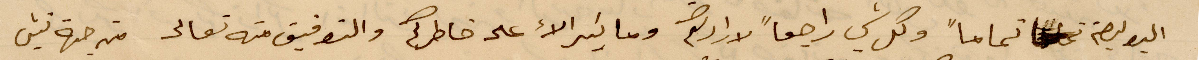
البوليصة تمامًا وكل شي راجعًا لااكم وما كبير الا على خاطرك والتوفيق منه تعالي من جهة ثنية